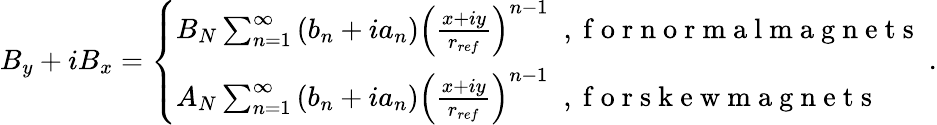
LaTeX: B_{y}+iB_{x}=\left\{ \begin{array}{ll}{B_{N}\sum_{n=1}^{\infty}\left(b_{n}+ia_{n}\right)\left(\frac{x+iy}{r_{ref}}\right)^{n-1}\; \mathrm{~,~f~o~r~n~o~r~m~a~l~m~a~g~n~e~t~s~}}\\ {A_{N}\sum_{n=1}^{\infty}\left(b_{n}+ia_{n}\right)\left(\frac{x+iy}{r_{ref}}\right)^{n-1}\; \mathrm{~,~f~o~r~s~k~e~w~m~a~g~n~e~t~s~}}\end{array}\right.\; .